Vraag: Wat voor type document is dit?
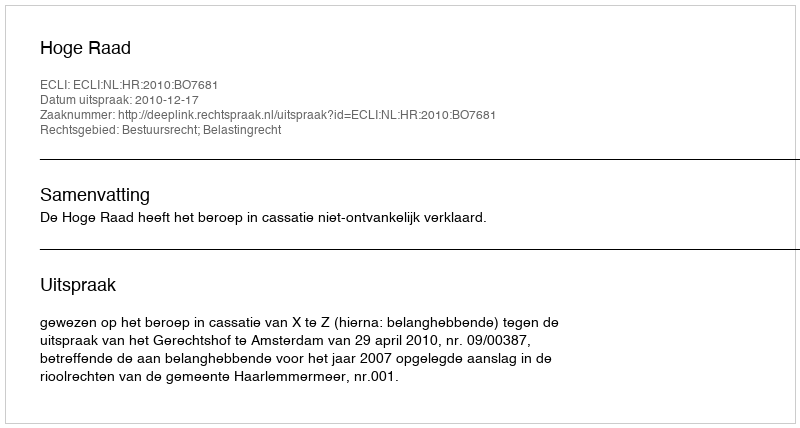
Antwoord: Uitspraak